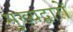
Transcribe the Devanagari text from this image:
मुख्यद्वारों